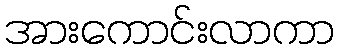
အားကောင်းလာကာ